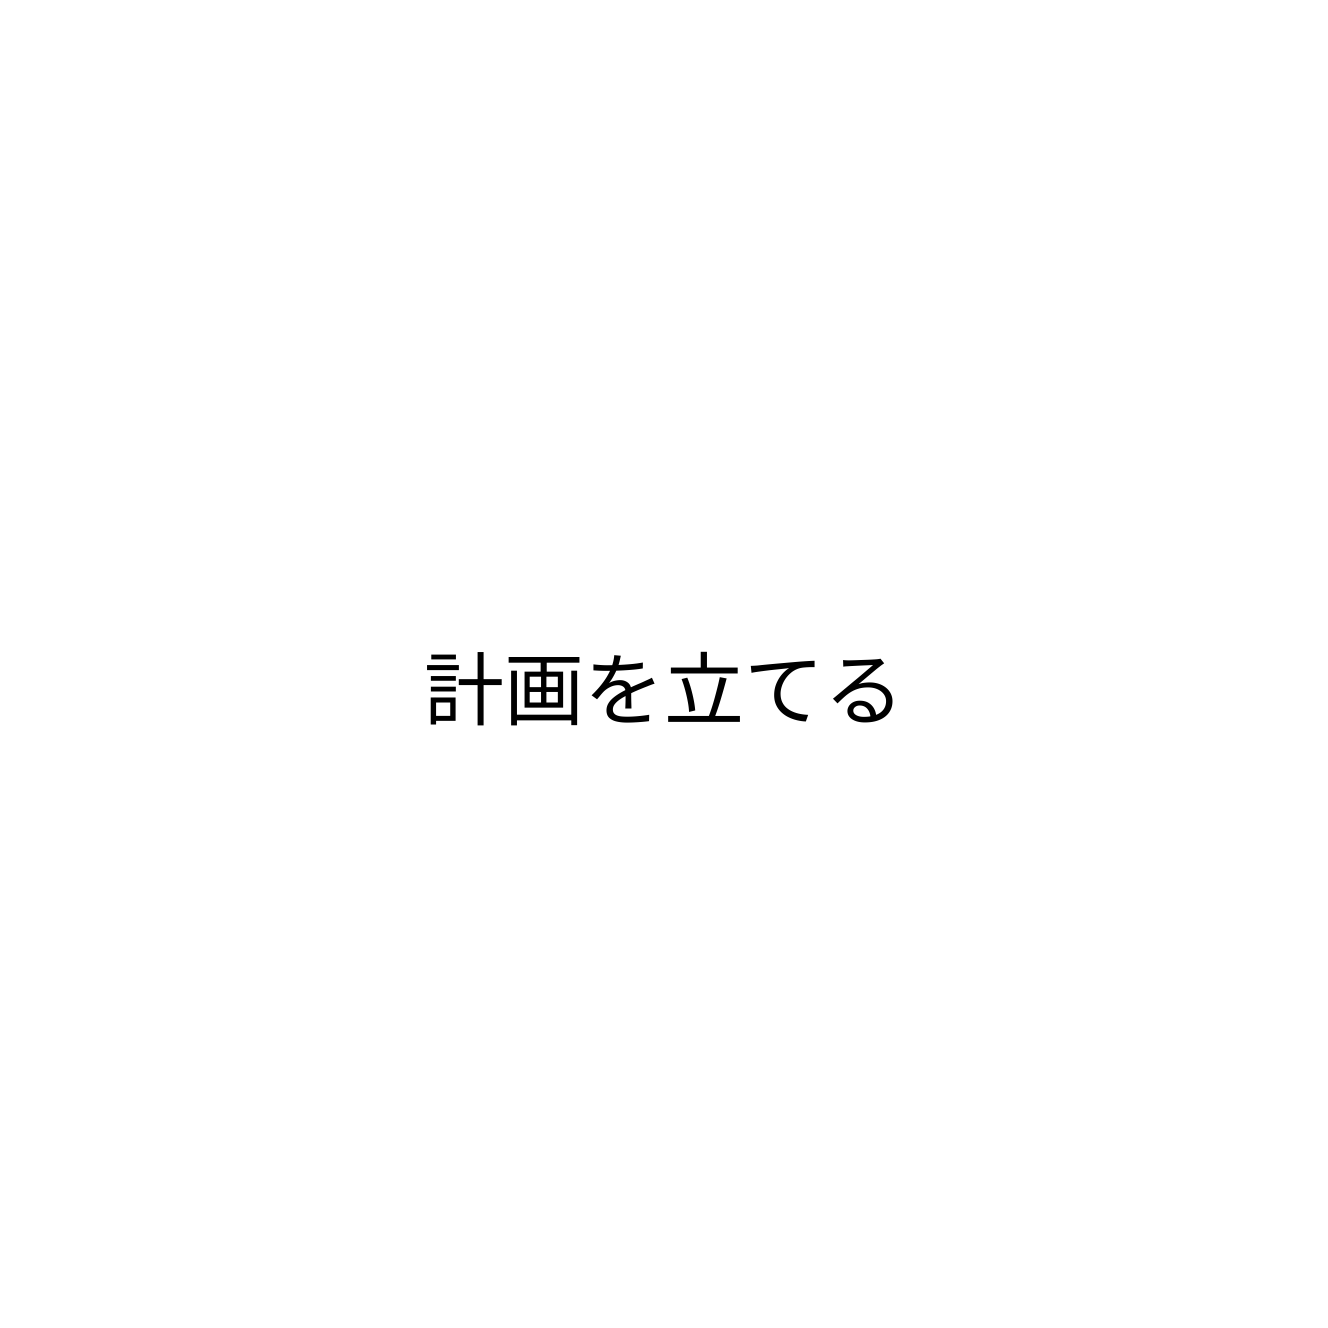
計画を立てる